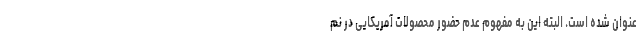
عنوان شده است. البته این به مفهوم عدم حضور محصولات آمریکایی در نم